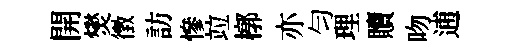
開爕徴訪慘竝槨亦匀理贖吻逋